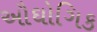
ઔઘોગિક